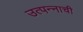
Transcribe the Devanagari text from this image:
उत्पन्‍नाची